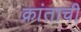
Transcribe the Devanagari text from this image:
क्रांताची